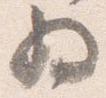
為